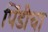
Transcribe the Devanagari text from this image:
पिंडीचा